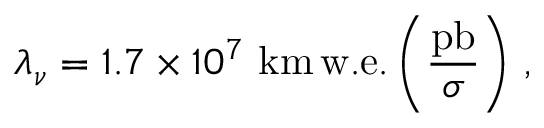
\lambda _ { \nu } = 1 . 7 \times 1 0 ^ { 7 } ~ \mathrm { k m } \, \mathrm { w . e . } \left( \frac { \mathrm { p b } } { \sigma } \right) \, ,